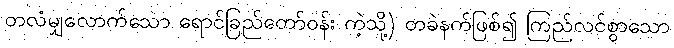
တလံမျှလောက်သော ရောင်ခြည်တော်ဝန်း ကဲ့သို့) တခဲနက်ဖြစ်၍ ကြည်လင်စွာသော